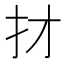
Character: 𢩱